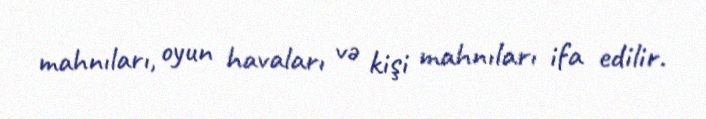
mahnıları, oyun havaları və kişi mahnıları ifa edilir.